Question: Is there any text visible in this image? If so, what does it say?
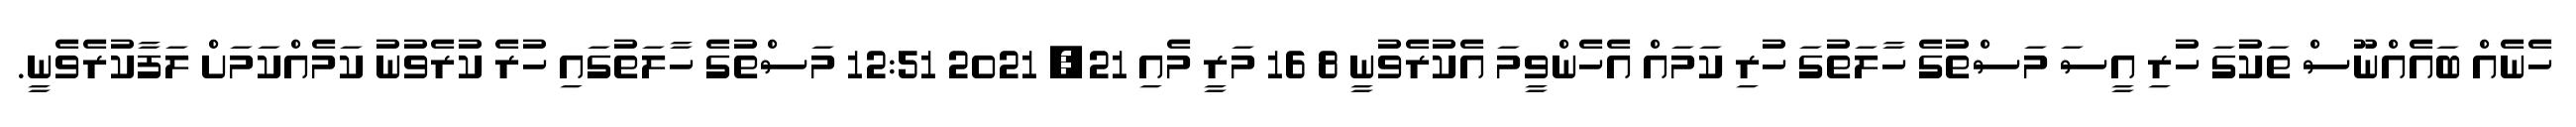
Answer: ހެނެއް ބައެއްނޫސް ތަކުގަ ހުރި އީސަ މަސްތުގެ ހާލަތުގަ ހުރި ކަމައް އެހެންވީމަ އެކުރެވުނީ 8 16 މަރީ މެއި 21, 2021 12:51 މަސްތުގެ ހާލަތުގައި ހުރެ ކުރެވުނު ކަމެއްކަމަށް ލަފާކުރެވެނީ.